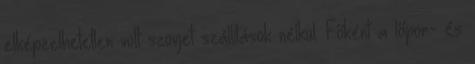
elképzelhetetlen volt szovjet szállítások nélkül. Főként a lőpor- és